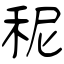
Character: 秜